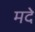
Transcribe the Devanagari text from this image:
मदे